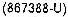
(867388-U)